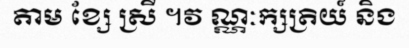
តាម ខ្សែ ស្រី ។វ ណ្ណៈក្សត្រិយ៍ និង